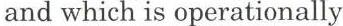
and which is operationally